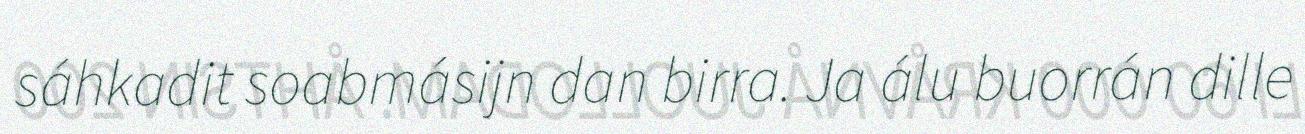
sáhkadit soabmásijn dan birra. Ja álu buorrán dille